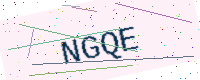
Text: NGQE